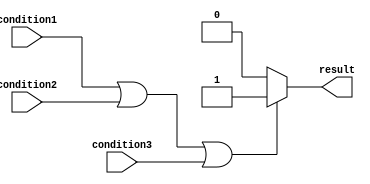
module if_else_statement (
    input wire condition1,
    input wire condition2,
    input wire condition3,
    output reg result
);

always @* begin
    if (condition1 || condition2 || condition3) begin
        // Execute specific block of code here
        result <= 1;
    end
    else begin
        result <= 0;
    end
end

endmodule